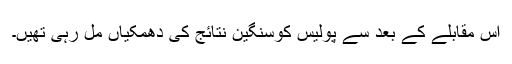
اس مقابلے کے بعد سے پولیس کوسنگین نتائج کی دھمکیاں مل رہی تھیں۔